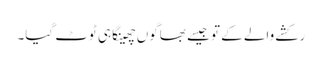
رکشے والے کے تو جیسے بھاگوں چھینکا ہی ٹوٹ گیا۔